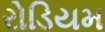
રોડિયમ